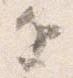
近